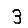
Digit: 3